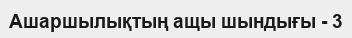
Ашаршылықтың ащы шындығы - 3